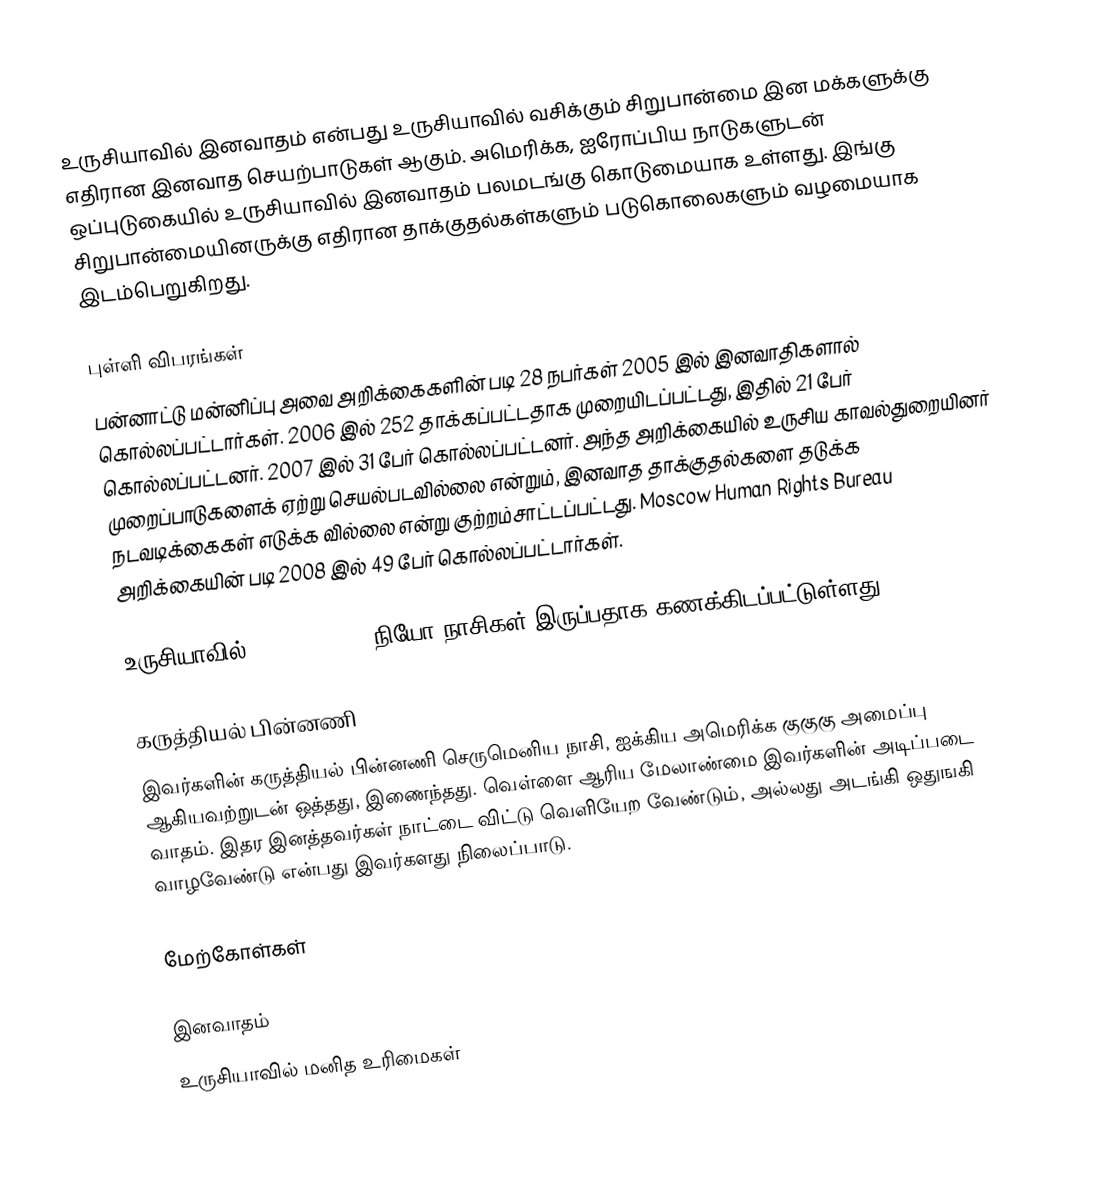
உருசியாவில் இனவாதம் என்பது உருசியாவில் வசிக்கும் சிறுபான்மை இன மக்களுக்கு எதிரான இனவாத செயற்பாடுகள் ஆகும்.  அமெரிக்க, ஐரோப்பிய நாடுகளுடன் ஒப்புடுகையில் உருசியாவில் இனவாதம் பலமடங்கு கொடுமையாக உள்ளது.  இங்கு சிறுபான்மையினருக்கு எதிரான தாக்குதல்கள்களும் படுகொலைகளும் வழமையாக இடம்பெறுகிறது.

புள்ளி விபரங்கள்
பன்னாட்டு மன்னிப்பு அவை அறிக்கைகளின் படி 28 நபர்கள் 2005 இல் இனவாதிகளால் கொல்லப்பட்டார்கள்.  2006 இல் 252 தாக்கப்பட்டதாக முறையிடப்பட்டது, இதில் 21 பேர் கொல்லப்பட்டனர்.  2007 இல் 31 பேர் கொல்லப்பட்டனர்.  அந்த அறிக்கையில் உருசிய காவல்துறையினர் முறைப்பாடுகளைக் ஏற்று செயல்படவில்லை என்றும், இனவாத தாக்குதல்களை தடுக்க நடவடிக்கைகள் எடுக்க வில்லை என்று குற்றம்சாட்டப்பட்டது.  Moscow Human Rights Bureau அறிக்கையின் படி 2008 இல் 49 பேர் கொல்லப்பட்டார்கள்.

உருசியாவில் 50,000 -70000 நியோ நாசிகள் இருப்பதாக கணக்கிடப்பட்டுள்ளது..

கருத்தியல் பின்னணி
இவர்களின் கருத்தியல் பின்னணி செருமெனிய நாசி, ஐக்கிய அமெரிக்க குகுகு அமைப்பு ஆகியவற்றுடன் ஒத்தது, இணைந்தது.  வெள்ளை ஆரிய மேலாண்மை இவர்களின் அடிப்படை வாதம்.  இதர இனத்தவர்கள் நாட்டை விட்டு வெளியேற வேண்டும், அல்லது அடங்கி ஒதுஙகி வாழவேண்டு என்பது இவர்களது நிலைப்பாடு.

மேற்கோள்கள்

இனவாதம்
உருசியாவில் மனித உரிமைகள்